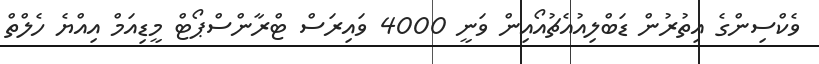
ވެކްސިންގެ އިިތުރުން ޑަބްލިއުއެޗުއޯއިން ވަނީ 4000 ވައިރަސް ޓްރާންސްޕޯޓް މީޑިއަމް އިއްޔެ ހެލްތް